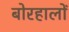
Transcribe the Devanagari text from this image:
बोरहालों